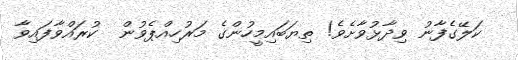
ކަލޭގެފާނު ވިދާޅުވާށެވެ! ތިޔަބައިމީހުންގެ މަރުހިއްޕެވުން  ކުރައްވާފައިވާ